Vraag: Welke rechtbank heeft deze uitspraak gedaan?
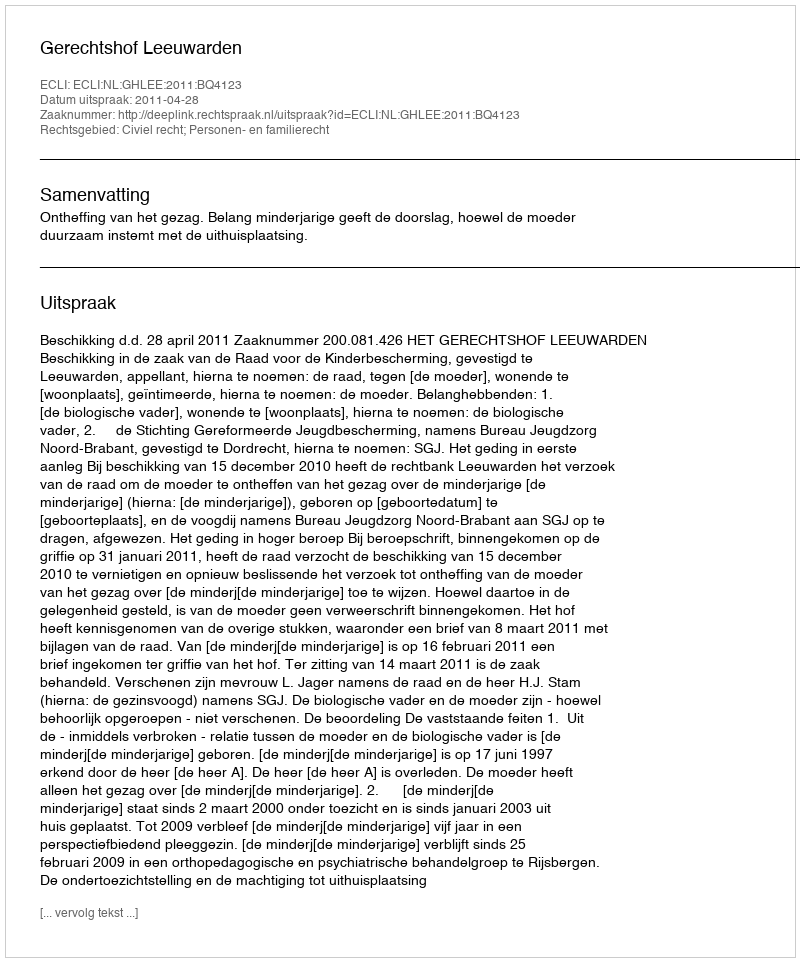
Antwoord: Gerechtshof Leeuwarden